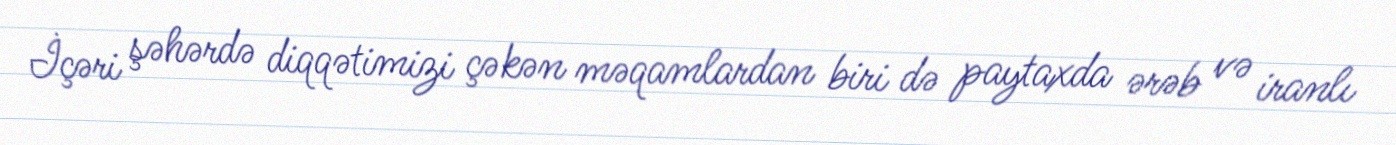
İçəri şəhərdə diqqətimizi çəkən məqamlardan biri də paytaxda ərəb və iranlı